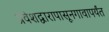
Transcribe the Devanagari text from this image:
प्रवेशद्वारापासूनगावापर्यंत